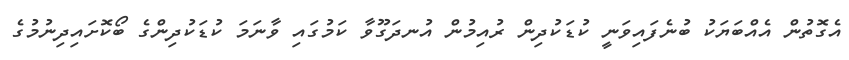
އެގޮތުން އެއްބަޔަކު ބުނެފައިވަނީ ކުޑަކުދިން ރުއިމުން އުނދަގޫވާ ކަމުގައި ވާނަމަ ކުޑަކުދިންގެ ބޯކޮށައިދިނުމުގެ